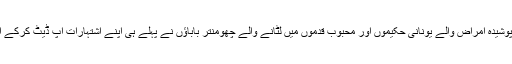
مرکزی شاہروں پر پہنچ کر اسے اندازہ ہوا کہ پوشیدہ امراض والے یونانی حکیموں اور محبوب قدموں میں لٹانے والے چھومنتر باباؤں نے پہلے ہی اپنے اشتہارات اپ ڈیٹ کرکے ان میں جلی حروف کے ساتھ کرونا لکھ دیا ہے۔